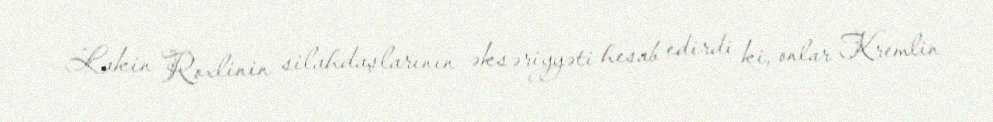
Lakin Roxlinin silahdaşlarının əksəriyyəti hesab edirdi ki, onlar Kremlin